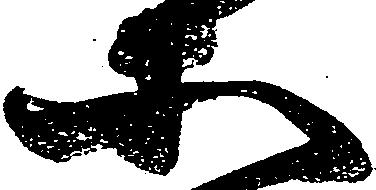
等